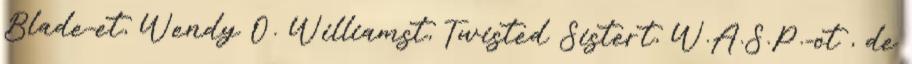
Blade-et, Wendy O. Williamst, Twisted Sistert, W.A.S.P.-ot , de